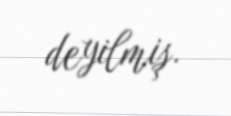
deyilmiş.